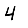
Digit: 4